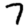
Digit: 7